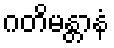
ဂတိမန္တာနံ